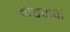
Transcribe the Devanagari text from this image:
वाचवावा